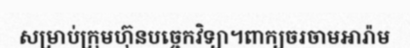
សម្រាប់ក្រុមហ៊ុនបច្ចេកវិទ្យា។ពាក្យចរចាមអារ៉ាម